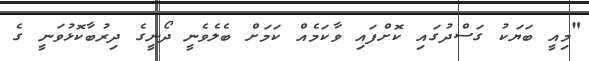
"މިއީ ބަޔަކު ގަސްދުގައި ކޮށްފައި ވާކަމެއް ކަމަށް ބެލެވެނީ ދޯނީގެ ދިރުބާކޮޅުވަނީ ގެ